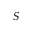
S